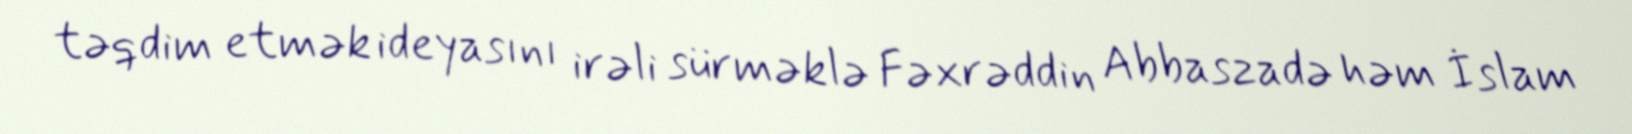
təqdim etmək ideyasını irəli sürməklə Fəxrəddin Abbaszadə həm İslam